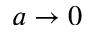
a \to 0